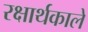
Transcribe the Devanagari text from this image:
रक्षार्थकाले